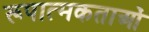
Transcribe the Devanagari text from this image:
रूपात्मकताओं